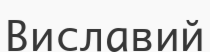
Виславий